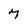
Character: 7